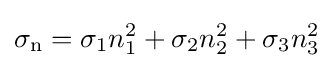
\sigma _{\mathrm {n} }=\sigma _{1}n_{1}^{2}+\sigma _{2}n_{2}^{2}+\sigma _{3}n_{3}^{2}